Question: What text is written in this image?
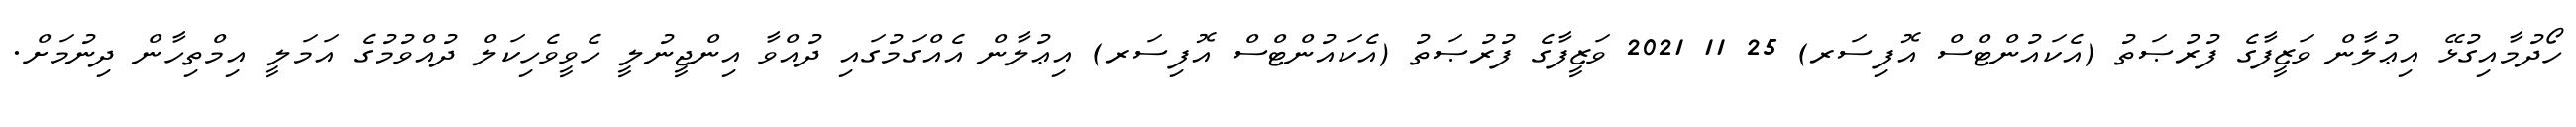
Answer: ހޯދުމާއިގުޅޭ އިޢުލާން ވަޒީފާގެ ފުރުޞަތު (އެކައުންޓްސް އޮފިސަރ) 25 11 2021 ވަޒީފާގެ ފުރުޞަތު (އެކައުންޓްސް އޮފިސަރ) އިޢުލާން އެއްގަމުގައި ދުއްވާ އިންޖީނުލީ ހެވީވެހިކަލް ދުއްވުމުގެ އަމަލީ އިމްތިހާން ދިނުމަށް.